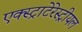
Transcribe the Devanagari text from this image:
एक्स्ट्राटेरेस्ट्रीयल